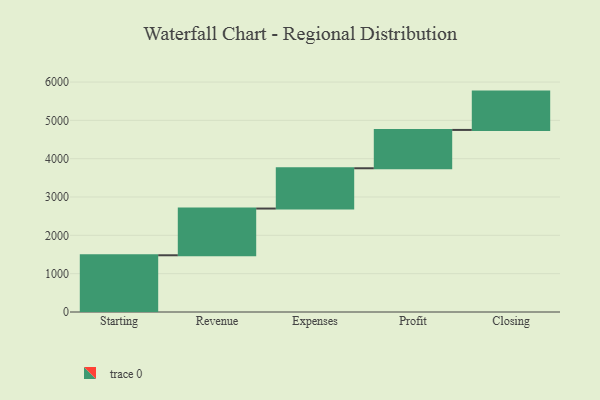
{"axis": {"x": "Step", "y": "Value"}, "legend": [""], "data": [{"x": "Starting", "y": 1480.0, "type": ""}, {"x": "Revenue", "y": 1219.0, "type": ""}, {"x": "Expenses", "y": 1051.0, "type": ""}, {"x": "Profit", "y": 1000, "type": ""}, {"x": "Closing", "y": 1000, "type": ""}]}